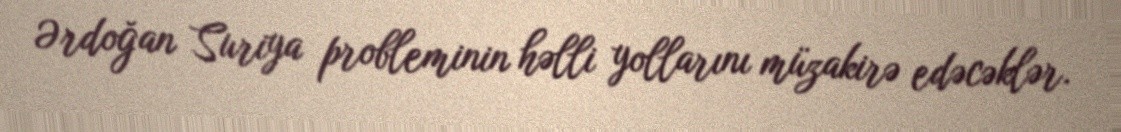
Ərdoğan Suriya probleminin həlli yollarını müzakirə edəcəklər.